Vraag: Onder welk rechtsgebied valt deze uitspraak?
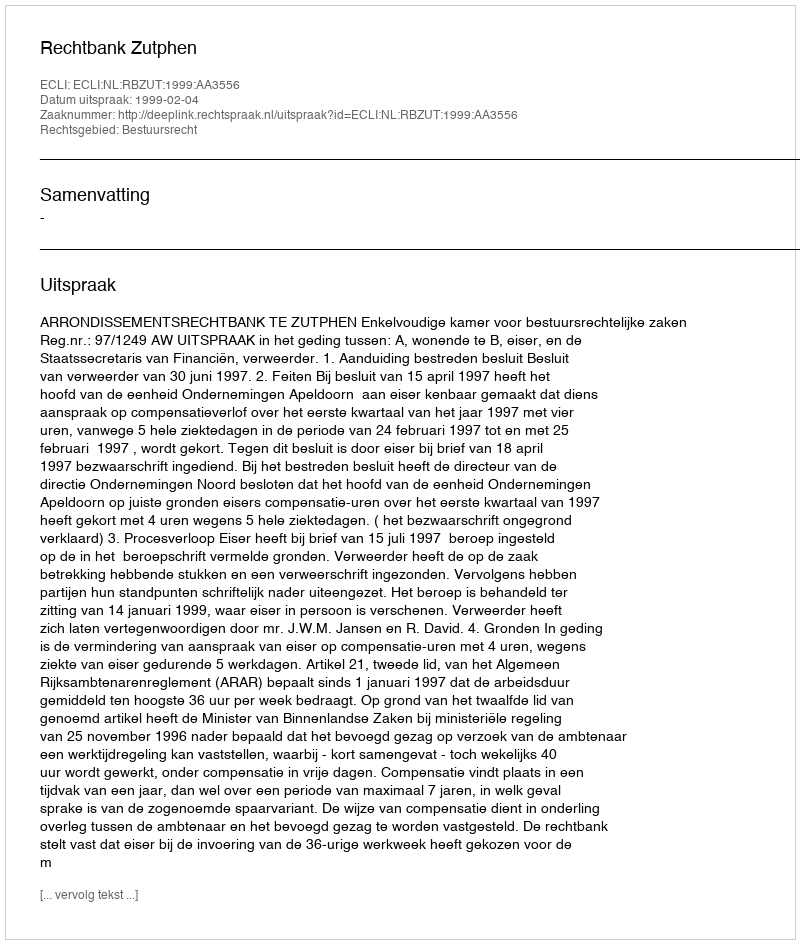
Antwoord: Bestuursrecht